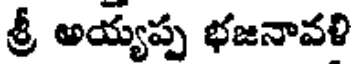
శ్రీ అయ్యప్ప భజనావళి